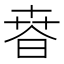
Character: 𣇸